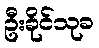
ဦးခိုင်သုခ